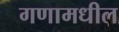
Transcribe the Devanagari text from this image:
गणामधील